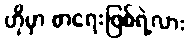
ဟိုမှာ စာရေးဖြစ်ရဲ့လား